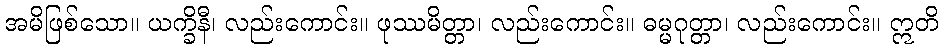
အမိဖြစ်သော။ ယက္ခိနီ၊ လည်းကောင်း။ ဖုဿမိတ္တာ၊ လည်းကောင်း။ ဓမ္မဂုတ္တာ၊ လည်းကောင်း။ ဣတိ